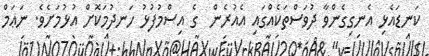
ކަނޑައެޅި އެނގިގެންވާ ދުވަސްތަކެއްގައި އެއުރެން  ގެ އިސްމުފުޅު ހަނދުމަކޮށް އުޅުމަށެވެ. ނަޢަމް